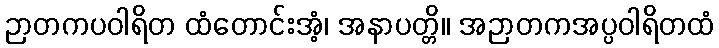
ဉာတကပဝါရိတ ထံတောင်းအံ့၊ အနာပတ္တိ။ အဉာတကအပ္ပဝါရိတထံ